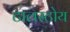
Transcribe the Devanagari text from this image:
टालस्टोय